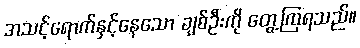
အသင့်ရောက်နှင့်နေသော ချစ်ဦးကို တွေ့ကြရသည်။